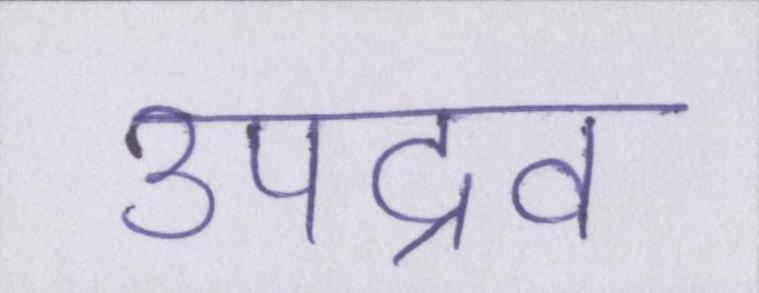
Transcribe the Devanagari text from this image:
उपद्रव